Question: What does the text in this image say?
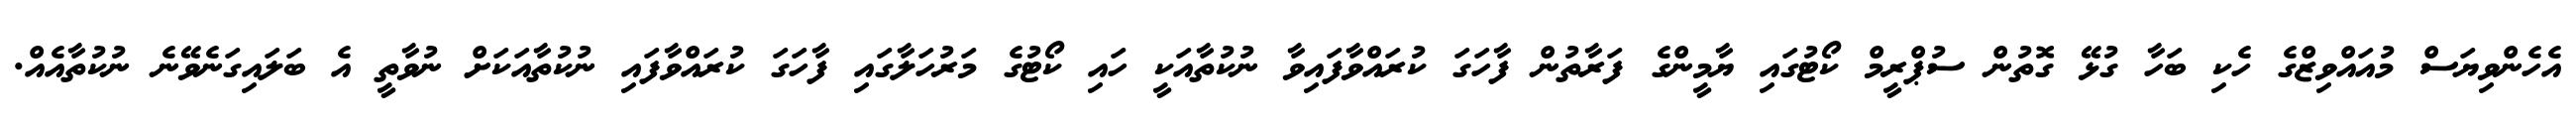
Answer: އެހެންވިޔަސް މުއައްވިޒްގެ ހެކި ބަހާ ގުޅޭ ގޮތުން ސުޕްރީމް ކޯޓުގައި ޔާމީންގެ ފަރާތުން ފާހަގަ ކުރައްވާފައިވާ ނުކުތާއަކީ ހައި ކޯޓުގެ މަރުހަލާގައި ފާހަގަ ކުރައްވާފައި ނުކުތާއަކަށް ނުވާތީ އެ ބަލައިގަނެވޭނެ ނުކުތާއެއް.